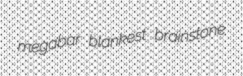
megabar blankest brainstone